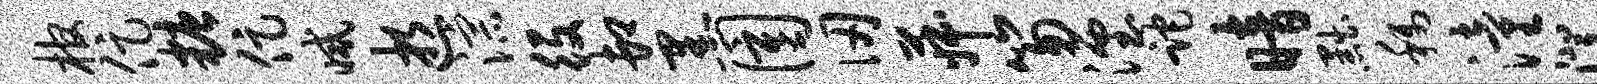
棺促糖促减逝淙役卸黑圉仞菽笏湮跎暗黜称潼澄